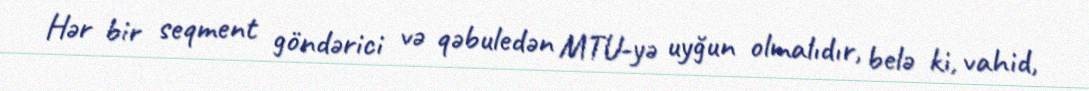
Hər bir seqment göndərici və qəbuledən MTU-yə uyğun olmalıdır, belə ki, vahid,